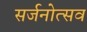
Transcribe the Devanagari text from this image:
सर्जनोत्सव